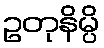
ဥတုနိမ္ပိ